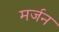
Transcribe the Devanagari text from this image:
मर्जन